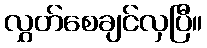
လွှတ်စေချင်လှပြီ။